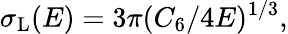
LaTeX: \sigma_{\mathrm{L}}(E)=3\pi(C_{6}/4E)^{1/3},